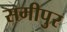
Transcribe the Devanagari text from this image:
समीपुर